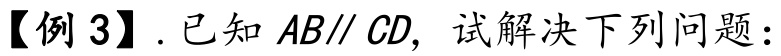
【例 3】. 已知 \(AB\parallel CD\)，试解决下列问题：